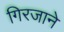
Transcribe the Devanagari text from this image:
गिरजाने